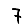
Digit: 7